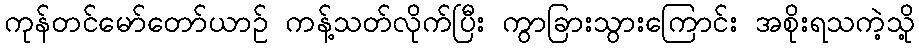
ကုန်တင်မော်တော်ယာဉ် ကန့်သတ်လိုက်ပြီး ကွာခြားသွားကြောင်း အစိုးရသကဲ့သို့